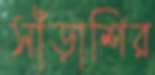
সাঁড়াশির